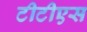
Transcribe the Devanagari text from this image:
टीटीएस